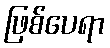
ဖြစ်ပေရာ